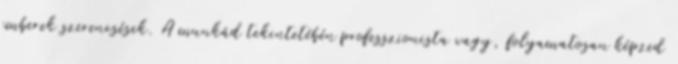
emberek szerencsések. A munkád tekintetébén professzionista vagy, folyamatosan képzed